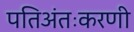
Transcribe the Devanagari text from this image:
पतिअंतःकरणी